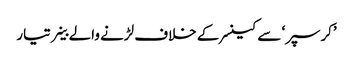
’کرسپر‘ سے کینسر کے خلاف لڑنے والے خلیے تیار